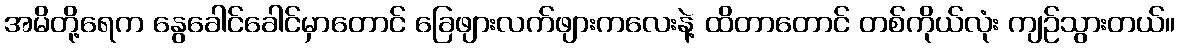
အမိတို့ရေက နွေခေါင်ခေါင်မှာတောင် ခြေဖျားလက်ဖျားကလေးနဲ့ ထိတာတောင် တစ်ကိုယ်လုံး ကျဉ်သွားတယ်။